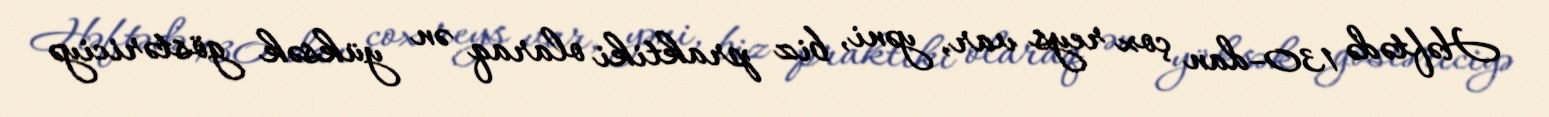
Həftədə 130-dan çox reys var, yəni, biz praktiki olaraq ən yüksək göstəriciyə